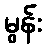
မွန်း